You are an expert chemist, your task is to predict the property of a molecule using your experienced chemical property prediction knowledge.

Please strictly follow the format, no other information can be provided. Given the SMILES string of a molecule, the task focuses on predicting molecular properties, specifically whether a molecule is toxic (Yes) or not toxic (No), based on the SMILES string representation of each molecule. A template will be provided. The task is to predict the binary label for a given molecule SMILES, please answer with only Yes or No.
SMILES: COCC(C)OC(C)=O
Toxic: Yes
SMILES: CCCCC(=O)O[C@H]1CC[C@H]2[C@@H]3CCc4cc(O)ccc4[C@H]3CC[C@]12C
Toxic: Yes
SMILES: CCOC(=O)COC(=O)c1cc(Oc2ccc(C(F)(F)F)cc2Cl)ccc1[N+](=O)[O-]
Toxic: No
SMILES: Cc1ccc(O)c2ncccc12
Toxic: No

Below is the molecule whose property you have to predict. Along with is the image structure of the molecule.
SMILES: C[C@]12C[C@H](O)[C@@]3(F)[C@@H](CCC4=CC(=O)CC[C@@]43C)[C@@H]1CC[C@]2(O)C(=O)CO
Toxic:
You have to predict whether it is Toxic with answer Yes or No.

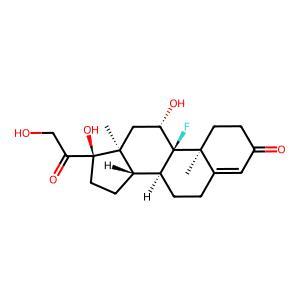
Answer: Yes